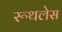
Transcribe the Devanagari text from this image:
रूथलेस